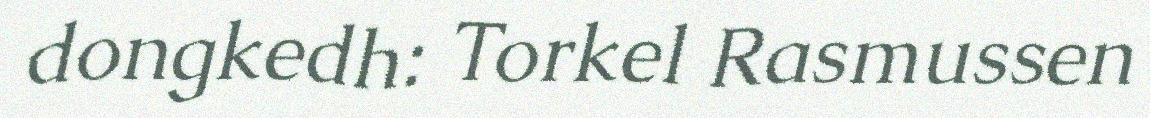
dongkedh: Torkel Rasmussen